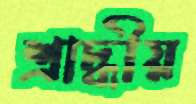
শ্রাদ্ধীয়